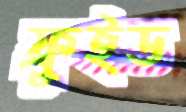
ফ্রুইড